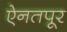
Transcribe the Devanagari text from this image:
ऐनतपूर